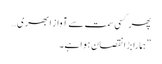
پھر کسی سمت سے آواز ابھری…
”ہمارا بڑا نقصان ہوا ہے۔